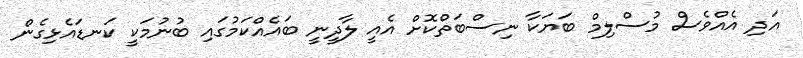
އަދި އެއްވެސް މުސްލިމް ބަޔަކާ ނިސްބަތްކޮށް އެއީ ލާދީނީ ބައެއްކަމުގައި ބުނުމަކީ ކަނޑައެޅިގެން